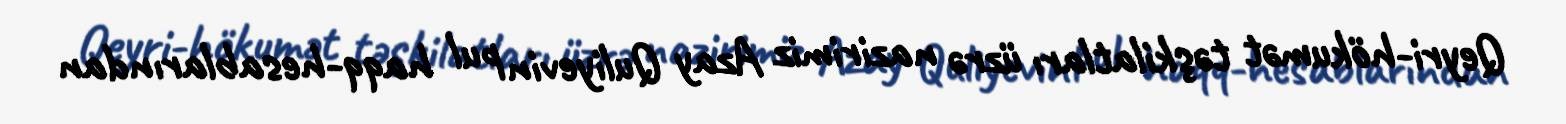
Qeyri-hökumət təşkilatları üzrə nazirimiz Azay Quliyevin pul haqq-hesablarından